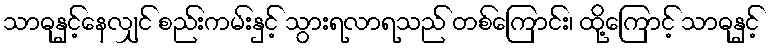
သာဓုနှင့်နေလျှင် စည်းကမ်းနှင့် သွားရလာရသည် တစ်ကြောင်း၊ ထို့ကြောင့် သာဓုနှင့်